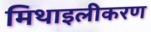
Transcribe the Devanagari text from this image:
मिथाइलीकरण